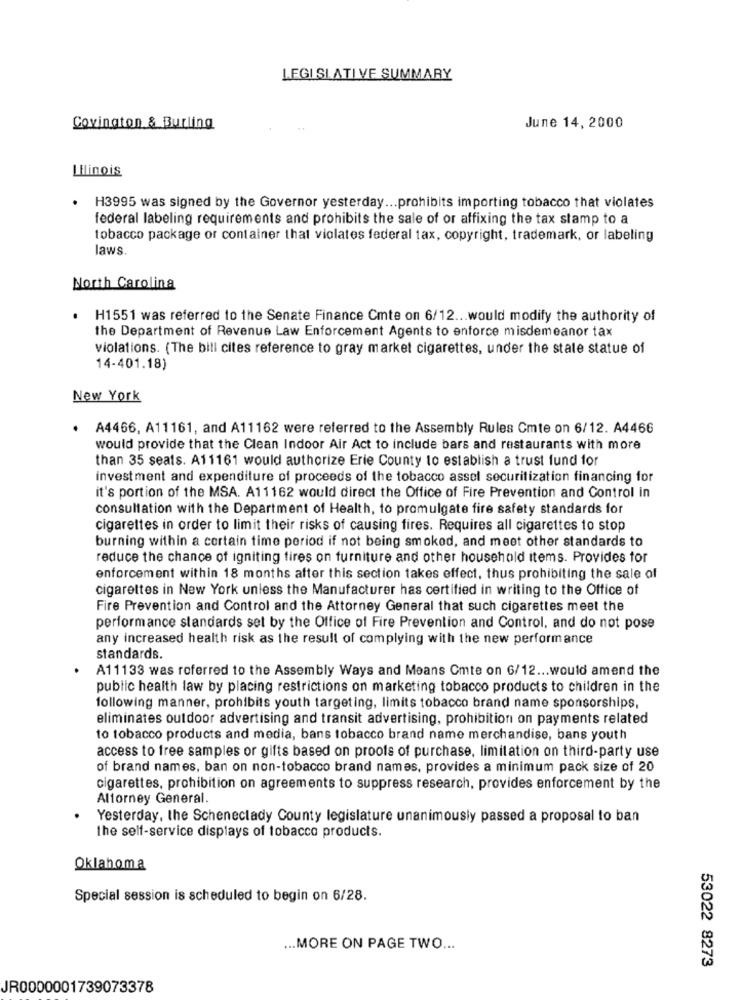
LEGISLATIVE SUMMARY
Covington & Burling
June 14, 2000
Llinois
.
H3995 was signed by the Governor yesterday ... prohibits importing tobacco that violates
federal labeling requirements and prohibits the sale of or affixing the tax stamp to a
tobacco package or container that violates federal tax, copyright, trademark, or labeling
laws
North Carolina
H1551 was referred to the Senate Finance Cmte on 6/12 ... would modify the authority of
the Department of Revenue Law Enforcement Agents to enforce misdemeanor tax
violations. (The bill cites reference to gray market cigarettes, under the state statue of
14-401.18)
New York
A4466, A11161, and A11162 were referred to the Assembly Rules Cmte on 6/12. A4466
would provide that the Clean Indoor Air Act to include bars and restaurants with more
than 35 seats. A11161 would authorize Erie County to establish a trust fund for
investment and expenditure of proceeds of the tobacco assel securitization financing for
it's portion of the MSA. A11162 would direct the Office of Fire Prevention and Control in
consultation with the Department of Health, to promulgate fire safety standards for
cigarettes in order to limit their risks of causing fires. Requires all cigarettes to stop
burning within a certain time period if not being smoked, and meet other standards to
reduce the chance of igniting fires on furniture and other household items. Provides tor
enforcement within 18 months after this section takes effect, thus prohibiting the sale of
cigarettes in New York unless the Manufacturer has certified in writing to the Office of
Fire Prevention and Control and the Attorney General that such cigarettes meet the
performance standards set by the Office of Fire Prevention and Control, and do not pose
any increased health risk as the result of complying with the new performance
standards.
A11133 was referred to the Assembly Ways and Means Cmte on 6/12 ... would amend the
public health law by placing restrictions on marketing tobacco products to children in the
following manner, prohibits youth targeting, limits tobacco brand name sponsorships,
eliminates outdoor advertising and transit advertising, prohibition on payments related
to tobacco products and media, bans tobacco brand name merchandise, bans youth
access to free samples or gifts based on proofs of purchase, limitation on third-party use
of brand names, ban on non-tobacco brand names, provides a minimum pack size of 20
cigarettes, prohibition on agreements to suppress research, provides enforcement by the
Attorney General.
Yesterday, the Schenectady County legislature unanimously passed a proposal to ban
the self-service displays of tobacco products.
Oklahoma
Special session is scheduled to begin on 6/28.
... MORE ON PAGE TWO ...
53022 8273
JR0000001739073378